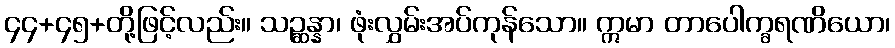
၄၄+၄၅+တို့ဖြင့်လည်း။ သဉ္ဆန္နာ၊ ဖုံးလွှမ်းအပ်ကုန်သော။ ဣမာ တာပေါက္ခရဏိယော၊